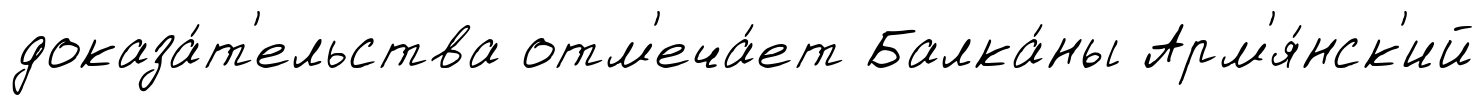
доказа́т'ельства отм'еча́ет Балка́ны Арм'я́нск'ий